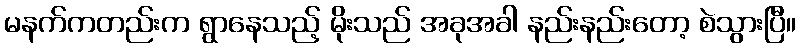
မနက်ကတည်းက ရွာနေသည့် မိုးသည် အခုအခါ နည်းနည်းတော့ စဲသွားပြီ။